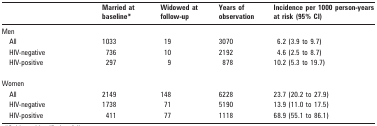
|  | Married at baseline* | Widowed at follow-up | Years of observation | Incidence per 1000 person-years at risk (95% CI) |
 | --- | --- | --- | --- | --- |
 | Men |  |  |  |  |
 | All | 1033 | 19 | 3070 | 6.2 (3.9 to 9.7) |
 | HIV-negative | 736 | 10 | 2192 | 4.6 (2.5 to 8.7) |
 | HIV-positive | 297 | 9 | 878 | 10.2 (5.3 to 19.7) |
 | Women |  |  |  |  |
 | All | 2149 | 148 | 6228 | 23.7 (20.2 to 27.9) |
 | HIV-negative | 1738 | 71 | 5190 | 13.9 (11.0 to 17.5) |
 | HIV-positive | 411 | 77 | 1118 | 68.9 (55.1 to 86.1) |